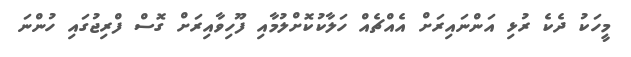
މީހަކު ދެކެ ރުޅި އަންނައިރަށް އެއްޗެއް ހަލާކުކޮށްލުމާއި ފޫހިވާއިރަށް ގޮސް ފްރިޖުގައި ހުންނަ